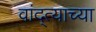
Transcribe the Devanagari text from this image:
वांद्त्‍याच्या